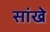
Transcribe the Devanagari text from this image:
सांखे